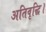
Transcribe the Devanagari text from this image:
अतिवृद्धि।